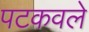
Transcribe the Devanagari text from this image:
पटकवले